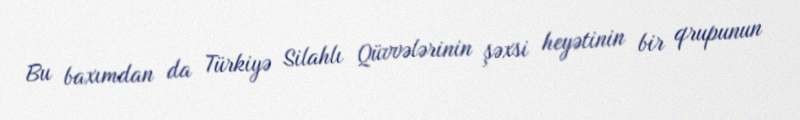
Bu baxımdan da Türkiyə Silahlı Qüvvələrinin şəxsi heyətinin bir qrupunun